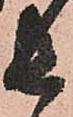
長